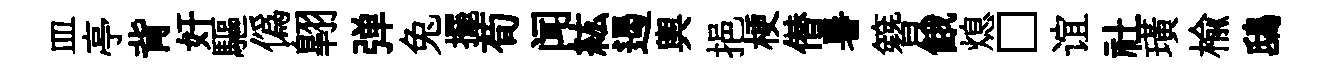
皿亭背奸驅僞翺弹兔擺荀闻紘遏輿挹梗僣暑簪餓熄□谊社璜榆鴟